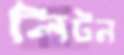
লিটন